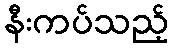
နီးကပ်သည့်